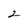
Character: 2